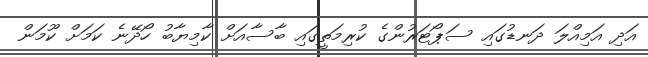
އަދި އަމިއްލަ ދަނޑުގައި ސަޕޯޓަރުންގެ ކުރިމަތީގައި ބާސާއަށް ކާމިޔާބު ހޯދޭނެ ކަމަށް ކޫމަން